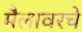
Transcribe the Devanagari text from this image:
मैलावरचे